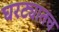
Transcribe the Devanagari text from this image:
घरट्यातच